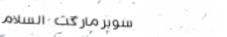
سوبرماركت السلام